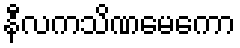
နီလကသိဏမေကော